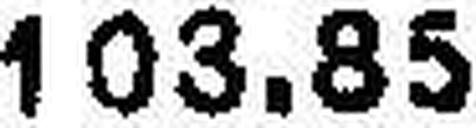
103.85